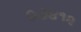
૦૭૪૧૨